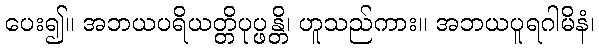
ပေး၍။ အဘယပရိယတ္တိပုပ္ဖန္တိ၊ ဟူသည်ကား။ အဘယပူရဂါမိနံ၊